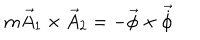
LaTeX: m \vec { A } _ { 1 } \times \vec { A } _ { 2 } = - \vec { \phi } \times \vec { \dot { \phi } }